Report on sanitation, dispensaries, and jails in Rajputana for 1916, and on vaccination for the year 1916-1917 - 1916-1917
Year: 1916
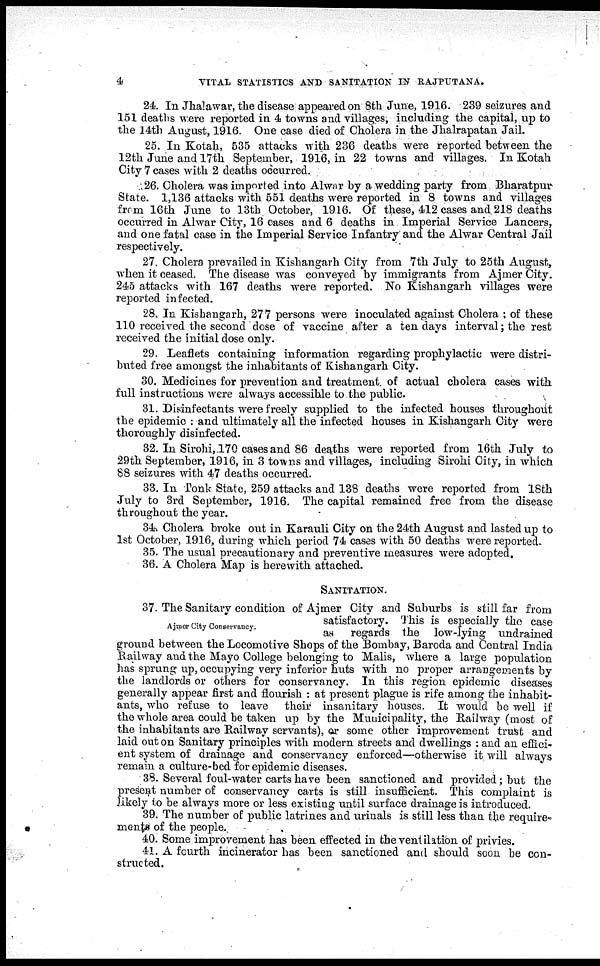
4
VITAL STATISTICS AND SANITATION IN RAJPUTANA.
24. In Jhalawar, the disease appeared on 8th June, 1916. 239 seizures and
151 deaths were reported in 4 towns and villages, including the capital, up to
the 14th August, 1916. One case died of Cholera in the Jhalrapatan Jail.
25. In Kotah, 535 attacks with 236 deaths were reported between the
12th June and 17th September, 1916, in 22 towns and villages. In Kotah
City 7 cases with 2 deaths occurred.
26. Cholera was imported into Alwar by a wedding party from Bharatpur
State. 1,136 attacks with 551 deaths were reported in 8 towns and villages
from 16th June to 13th October, 1916. Of these, 412 cases and 218 deaths
occurred in Alwar City, 16 cases and 6 deaths in Imperial Service Lancers,
and one fatal case in the Imperial Service Infantry and the Alwar Central Jail
respectively.
27. Cholera prevailed in Kishangarh City from 7th July to 25th August,
when it ceased. The disease was conveyed by immigrants from Ajmer City.
245 attacks with 167 deaths were reported. No Kishangarh villages were
reported infected.
28. In Kishangarh, 277 persons were inoculated against Cholera : of these
110 received the second dose of vaccine after a ten days interval; the rest
received the initial dose only.
29. Leaflets containing information regarding prophylactic were distri-
buted free amongst the inhabitants of Kishangarh City.
30. Medicines for prevention and treatment of actual cholera cases with
full instructions were always accessible to the public.
31. Disinfectants were freely supplied to the infected houses throughout
the epidemic : and ultimately all the infected houses in Kishangarh City were
thoroughly disinfected.
32. In Sirohi, 170 cases and 86 deaths were reported from 16th July to
29th September, 1916, in 3 towns and villages, including Sirohi City, in which
88 seizures with 47 deaths occurred.
33. In Ponk State, 259 attacks and 138 deaths were reported from 18th
July to 3rd September, 1916. The capital remained free from the disease
throughout the year.
34. Cholera broke out in Karauli City on the 24th August and lasted up to
1st October, 1916, during which period 74 cases with 50 deaths were reported.
35. The usual precautionary and preventive measures were adopted.
36. A Cholera Map is herewith attached.
SANITATION.
Ajmer City Conservancy.
37. The Sanitary condition of Ajmer City and Suburbs is still far from
satisfactory. This is especially the case
as regards the low-lying undrained
ground between the Locomotive Shops of the Bombay, Baroda and Central India
Railway and the Mayo College belonging to Malis, where a large population
has sprung up, occupying very inferior huts with no proper arrangements by
the landlords or others for conservancy. In this region epidemic diseases
generally appear first and flourish : at present plague is rife among the inhabit-
ants, who refuse to leave their insanitary houses. It would be well if
the whole area could be taken up by the Municipality, the Railway (most of
the inhabitants are Railway servants), or some other improvement trust and
laid out on Sanitary principles with modern streets and dwellings : and an effici-
ent system of drainage and conservancy enforced—otherwise it will always
remain a culture-bed for epidemic diseases.
38. Several foul-water carts have been sanctioned and provided; but the
present number of conservancy carts is still insufficient. This complaint is
likely to be always more or less existing until surface drainage is introduced.
39. The number of public latrines and urinals is still less than the require-
ments of the people.
40. Some improvement has been effected in the ventilation of privies.
41. A fourth incinerator has been sanctioned and should soon be con-
structed.